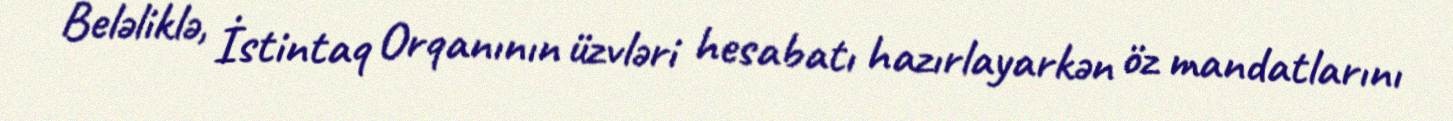
Beləliklə, İstintaq Orqanının üzvləri hesabatı hazırlayarkən öz mandatlarını